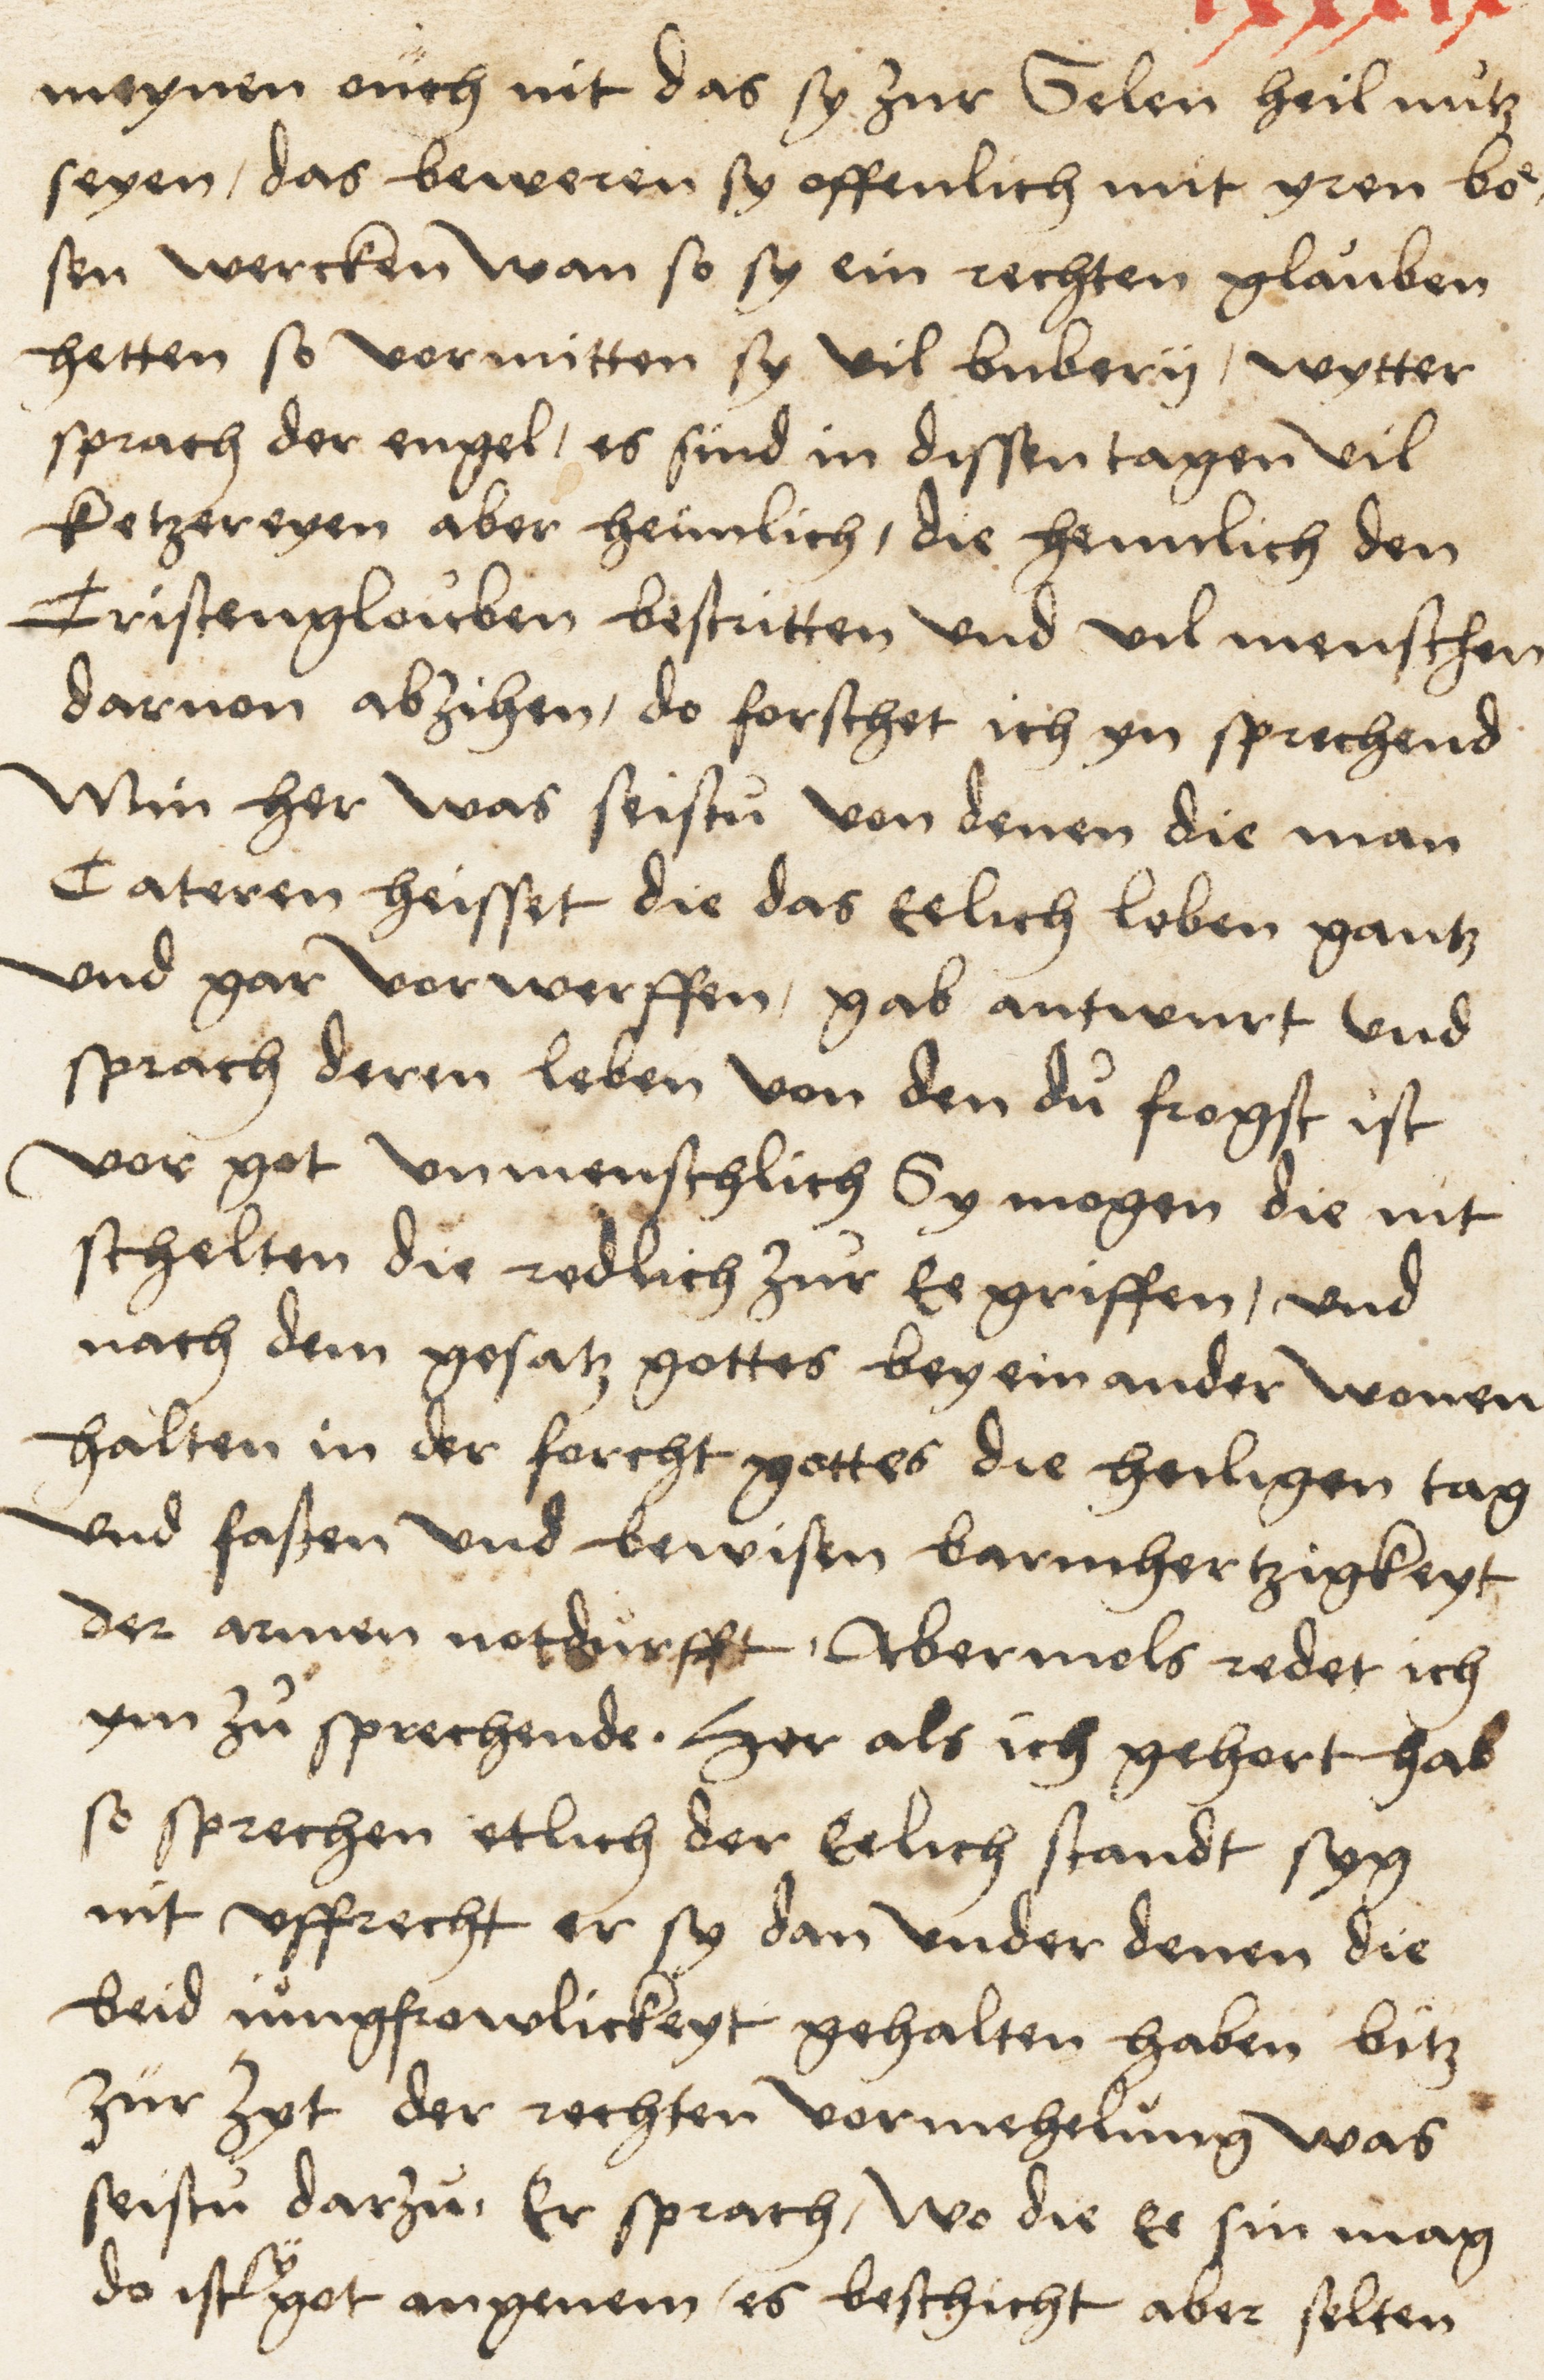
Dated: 1516–1517